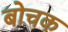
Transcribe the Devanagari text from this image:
बोचक